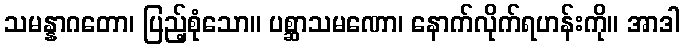
သမန္နာဂတော၊ ပြည့်စုံသော။ ပစ္ဆာသမဏော၊ နောက်လိုက်ရဟန်းကို။ အာဒါ